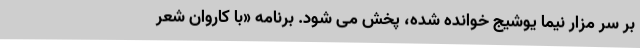
بر سر مزار نیما یوشیج خوانده شده، پخش می شود. برنامه «با کاروان شعر